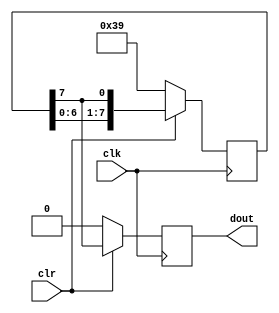
module x1_generate(clk,clr,dout);
input clk,clr;
output dout;
reg dout;
reg[7:0]data;
always@(posedge clk)
 begin
	if(!clr)
		begin
			dout<=0;
			data<=8'b00111001;
		end
	else
		begin
			dout<=data[7];
			data<={data[6:0],data[7]};
		end
 end
endmodule